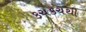
કચકચથી